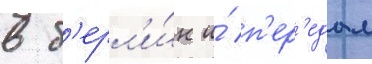
в б'ерл'и́н и́ п'ер'едал